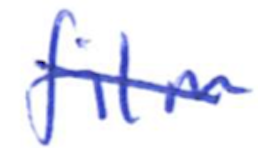
Text: film
Cross-out: single-line
Writing tool: ballpoint